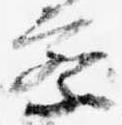
察